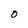
Character: O